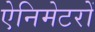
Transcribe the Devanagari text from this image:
ऐनिमेटरों